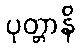
ပုတ္တာနိ